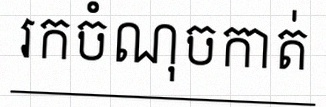
រកចំណុចកាត់